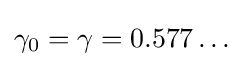
\gamma _{0}=\gamma =0.577\dots